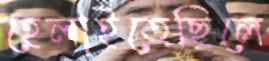
হেলাইতেছিলে